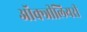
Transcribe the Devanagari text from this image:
ऑक्जीलियरी